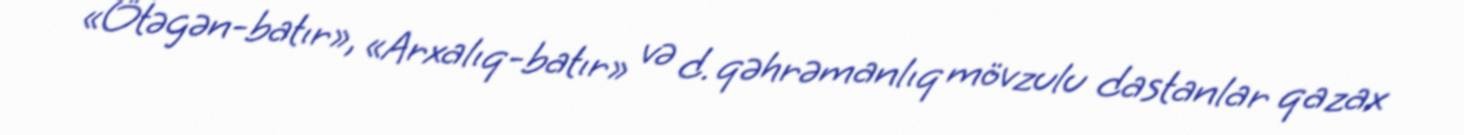
«Ötəgən-batır», «Arxalıq-batır» və d. qəhrəmanlıq mövzulu dastanlar qazax